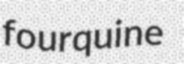
fourquine